DOW-UAP-D54, Mission Report, Mediterranean Sea, NA
Agency: Department of War
Incident location: Mediterranean Sea
Page 1
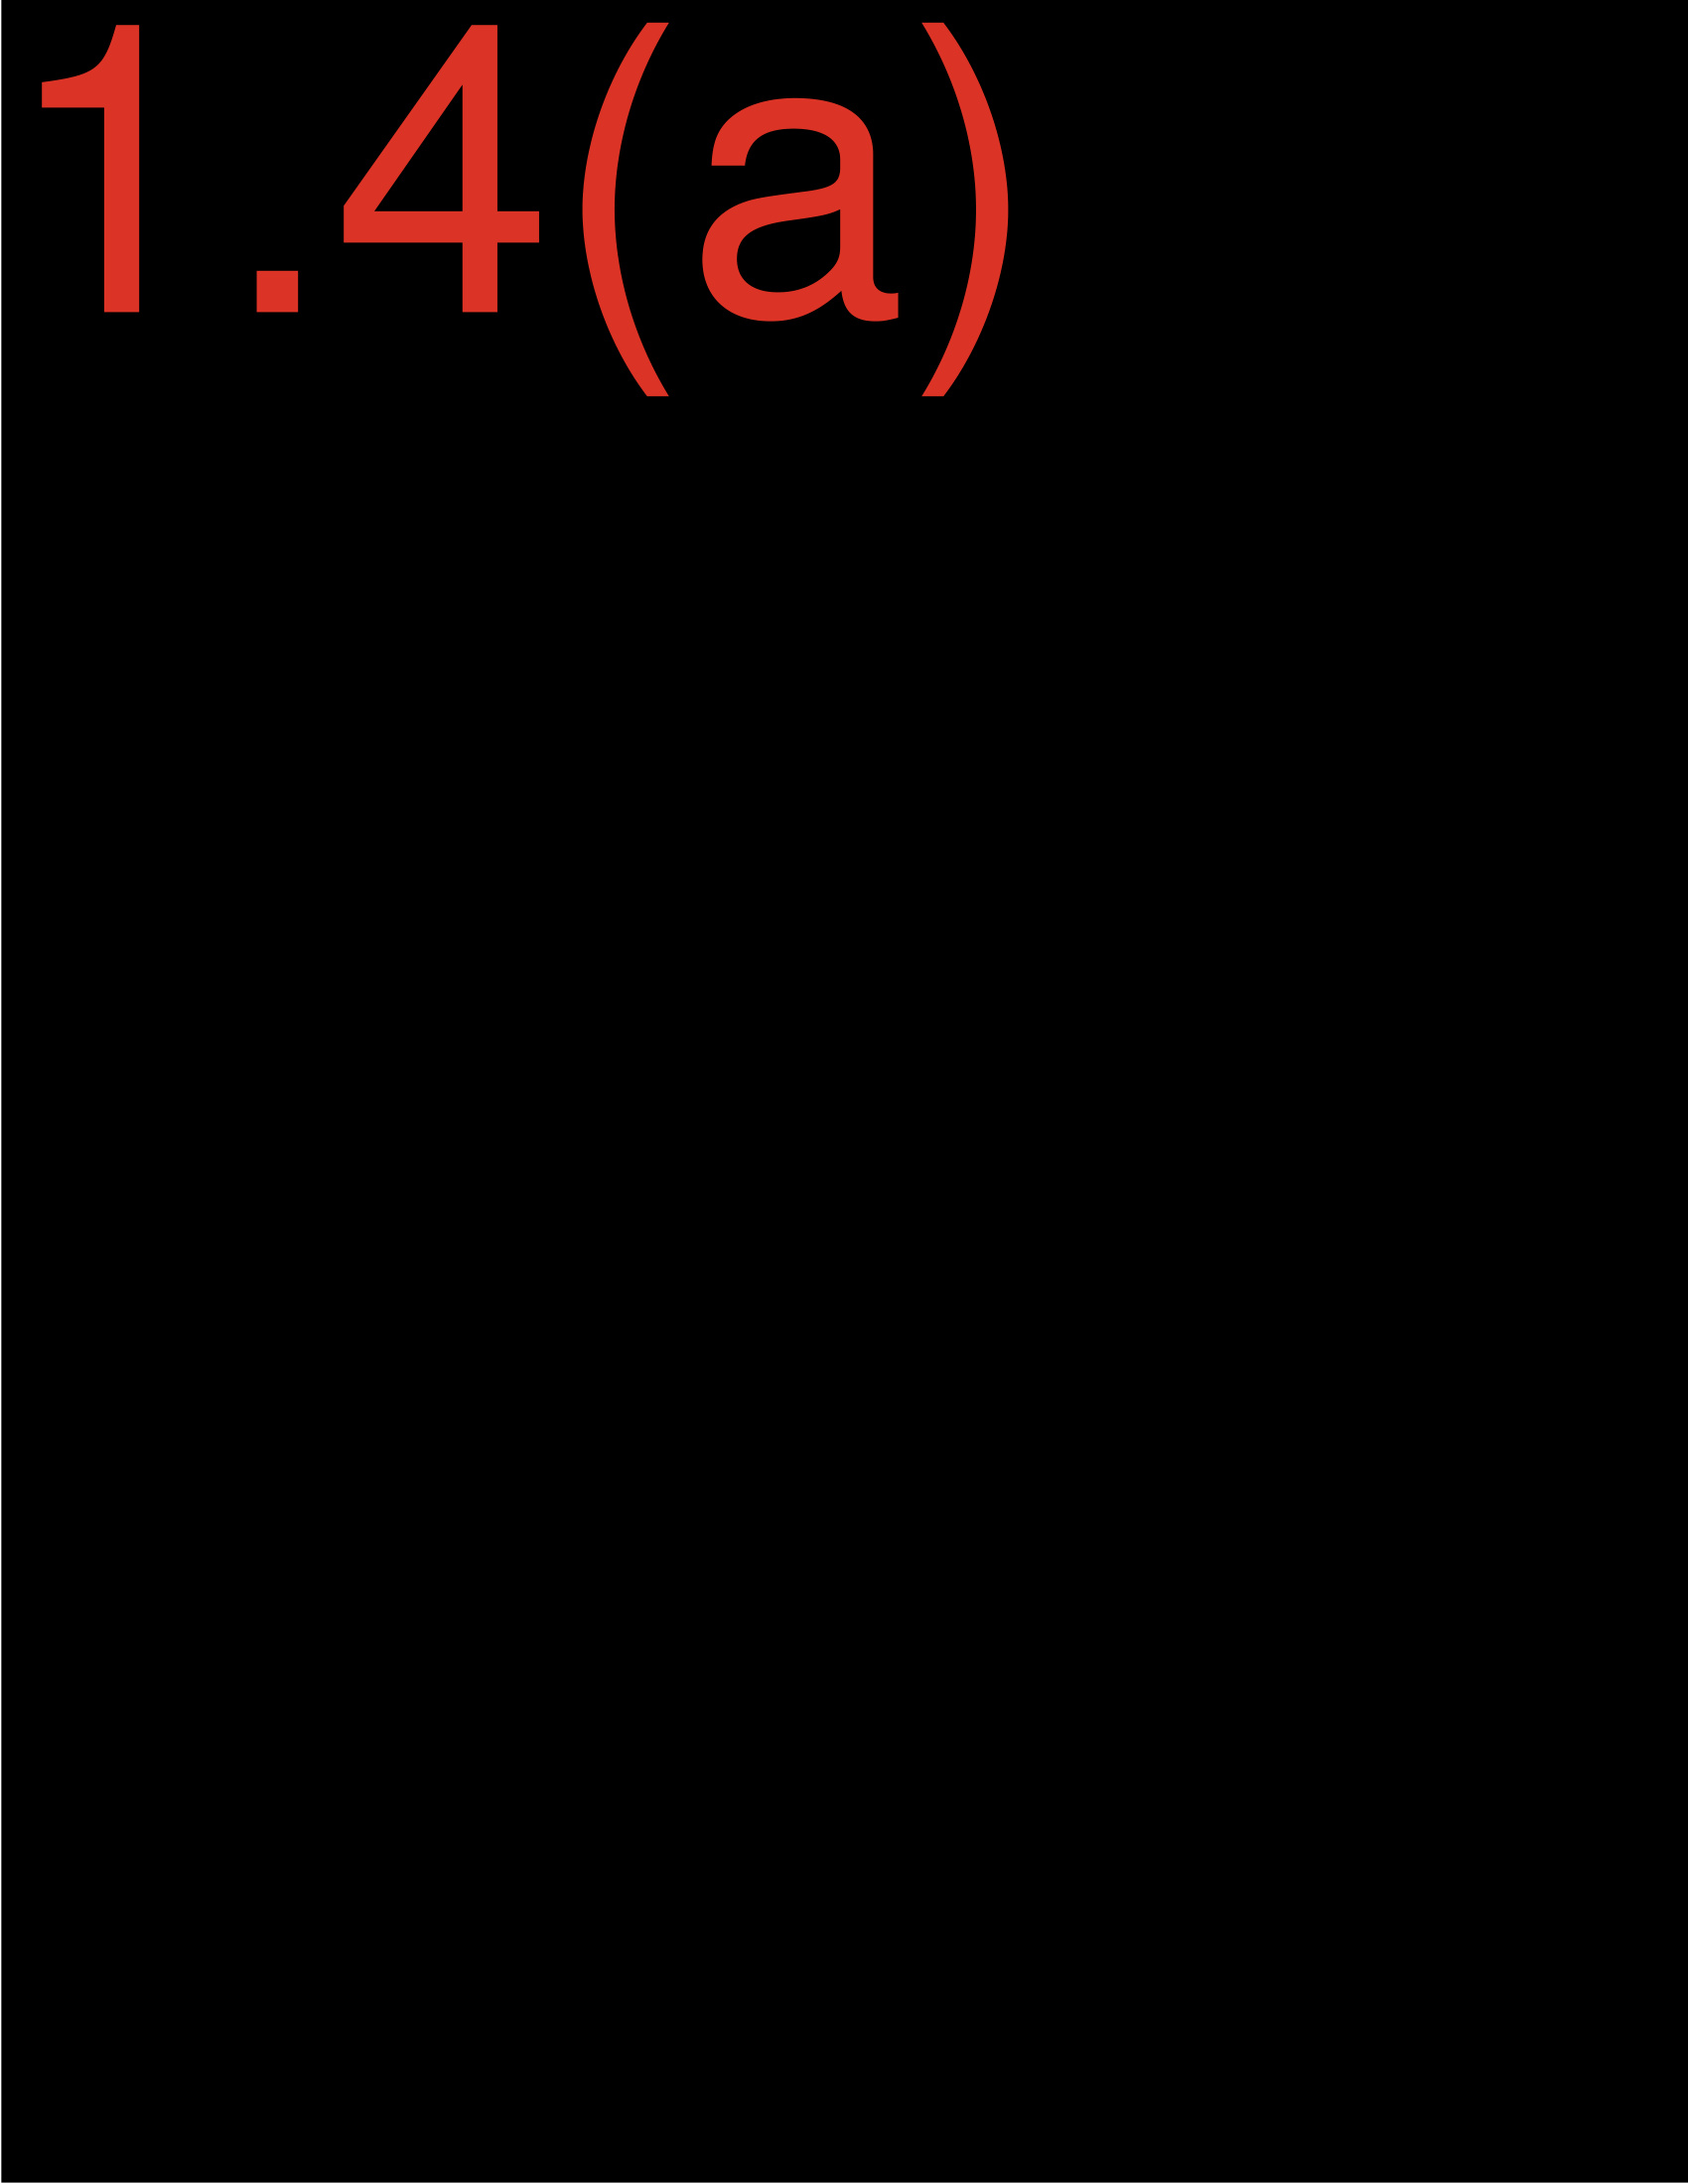